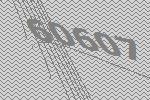
60607